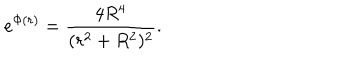
LaTeX: e ^ { \Phi ( r ) } = { \frac { 4 R ^ { 4 } } { ( r ^ { 2 } + R ^ { 2 } ) ^ { 2 } } } .